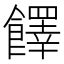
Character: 䭞